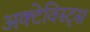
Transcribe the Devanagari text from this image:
अक्टेविस्ट्स